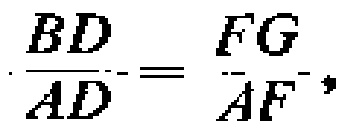
\(\frac{BD}{AD}=\frac{FG}{AF},\)